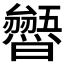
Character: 𭨐